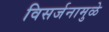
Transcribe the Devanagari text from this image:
विसर्जनामुळे